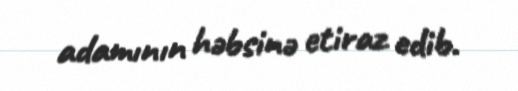
adamının həbsinə etiraz edib.